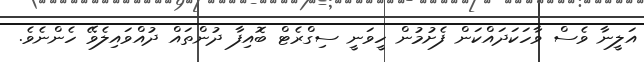
އަލީނާ ވެސް ވާހަކަދައްކަން ފެށުމުން ހީވަނީ ސިގްރެޓް ބޮއިފާ ދުންތައް ދުއްވައިލެވޭ ހެންނެވެ.